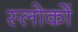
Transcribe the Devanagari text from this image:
स्लोकों